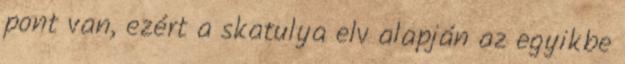
pont van, ezért a skatulya elv alapján az egyikbe